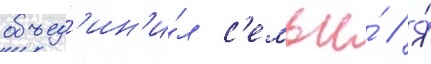
объед'ин'и́л с'емьи́ // Я́